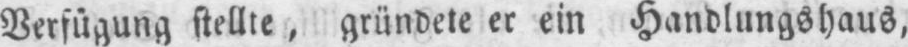
Verfügung stellte, gründete er ein Handlungshaus,